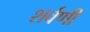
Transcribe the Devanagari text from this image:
शर्वणी